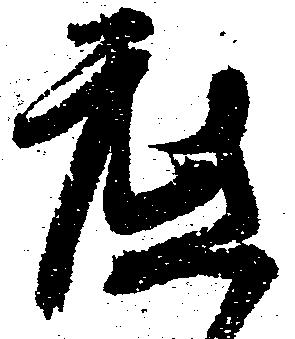
底